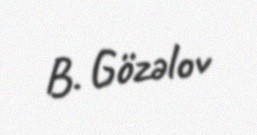
B. Gözəlov